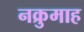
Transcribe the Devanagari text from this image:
नक्रुमाह